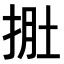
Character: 𭠾